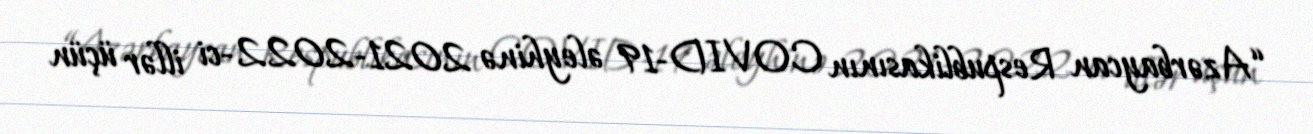
“Azərbaycan Respublikasının COVID-19 əleyhinə 2021-2022-ci illər üçün